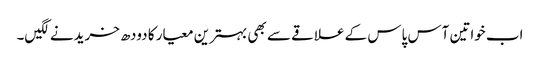
اب خواتین آس پاس کے علاقے سے بھی بہترین معیار کا دودھ خریدنے لگیں۔